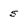
Character: 5